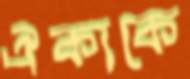
ঐক্যকে